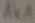
Text: 1K1